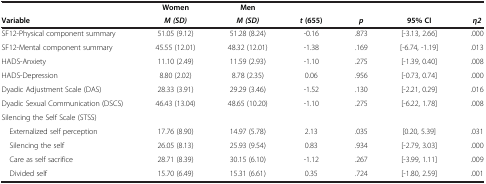
|  | Women | Men |  |  |  |  |
 | Variable | M (SD) | M (SD) | t (655) | p | 95% CI | η2 |
 | --- | --- | --- | --- | --- | --- | --- |
 | SF12-Physical component summary | 51.05 (9.12) | 51.28 (8.24) | -0.16 | .873 | [-3.13, 2.66] | .000 |
 | SF12-Mental component summary | 45.55 (12.01) | 48.32 (12.01) | -1.38 | .169 | [-6.74, -1.19] | .013 |
 | HADS-Anxiety | 11.10 (2.49) | 11.59 (2.93) | -1.10 | .275 | [-1.39, 0.40] | .008 |
 | HADS-Depression | 8.80 (2.02) | 8.78 (2.35) | 0.06 | .956 | [-0.73, 0.74] | .000 |
 | Dyadic Adjustment Scale (DAS) | 28.33 (3.91) | 29.29 (3.46) | -1.52 | .130 | [-2.21, 0.29] | .016 |
 | Dyadic Sexual Communication (DSCS) | 46.43 (13.04) | 48.65 (10.20) | -1.10 | .275 | [-6.22, 1.78] | .008 |
 | Silencing the Self Scale (STSS) |  |  |  |  |  |  |
 | Externalized self perception | 17.76 (8.90) | 14.97 (5.78) | 2.13 | .035 | [0.20, 5.39] | .031 |
 | Silencing the self | 26.05 (8.13) | 25.93 (9.54) | 0.83 | .934 | [-2.79, 3.03] | .000 |
 | Care as self sacrifice | 28.71 (8.39) | 30.15 (6.10) | -1.12 | .267 | [-3.99, 1.11] | .009 |
 | Divided self | 15.70 (6.49) | 15.31 (6.61) | 0.35 | .724 | [-1.80, 2.59] | .001 |